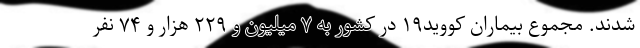
شدند. مجموع بیماران کووید۱۹ در کشور به ۷ میلیون و ۲۲۹ هزار و ۷۴ نفر